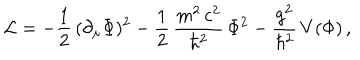
{ \cal L } = - \frac { 1 } { 2 } \, ( \partial _ { \mu } \Phi ) ^ { 2 } - \frac { 1 } { 2 } \, \frac { m ^ { 2 } \, c ^ { 2 } } { \hbar ^ { 2 } } \, \Phi ^ { 2 } - \frac { g ^ { 2 } } { \hbar ^ { 2 } } \, V ( \Phi ) \, ,